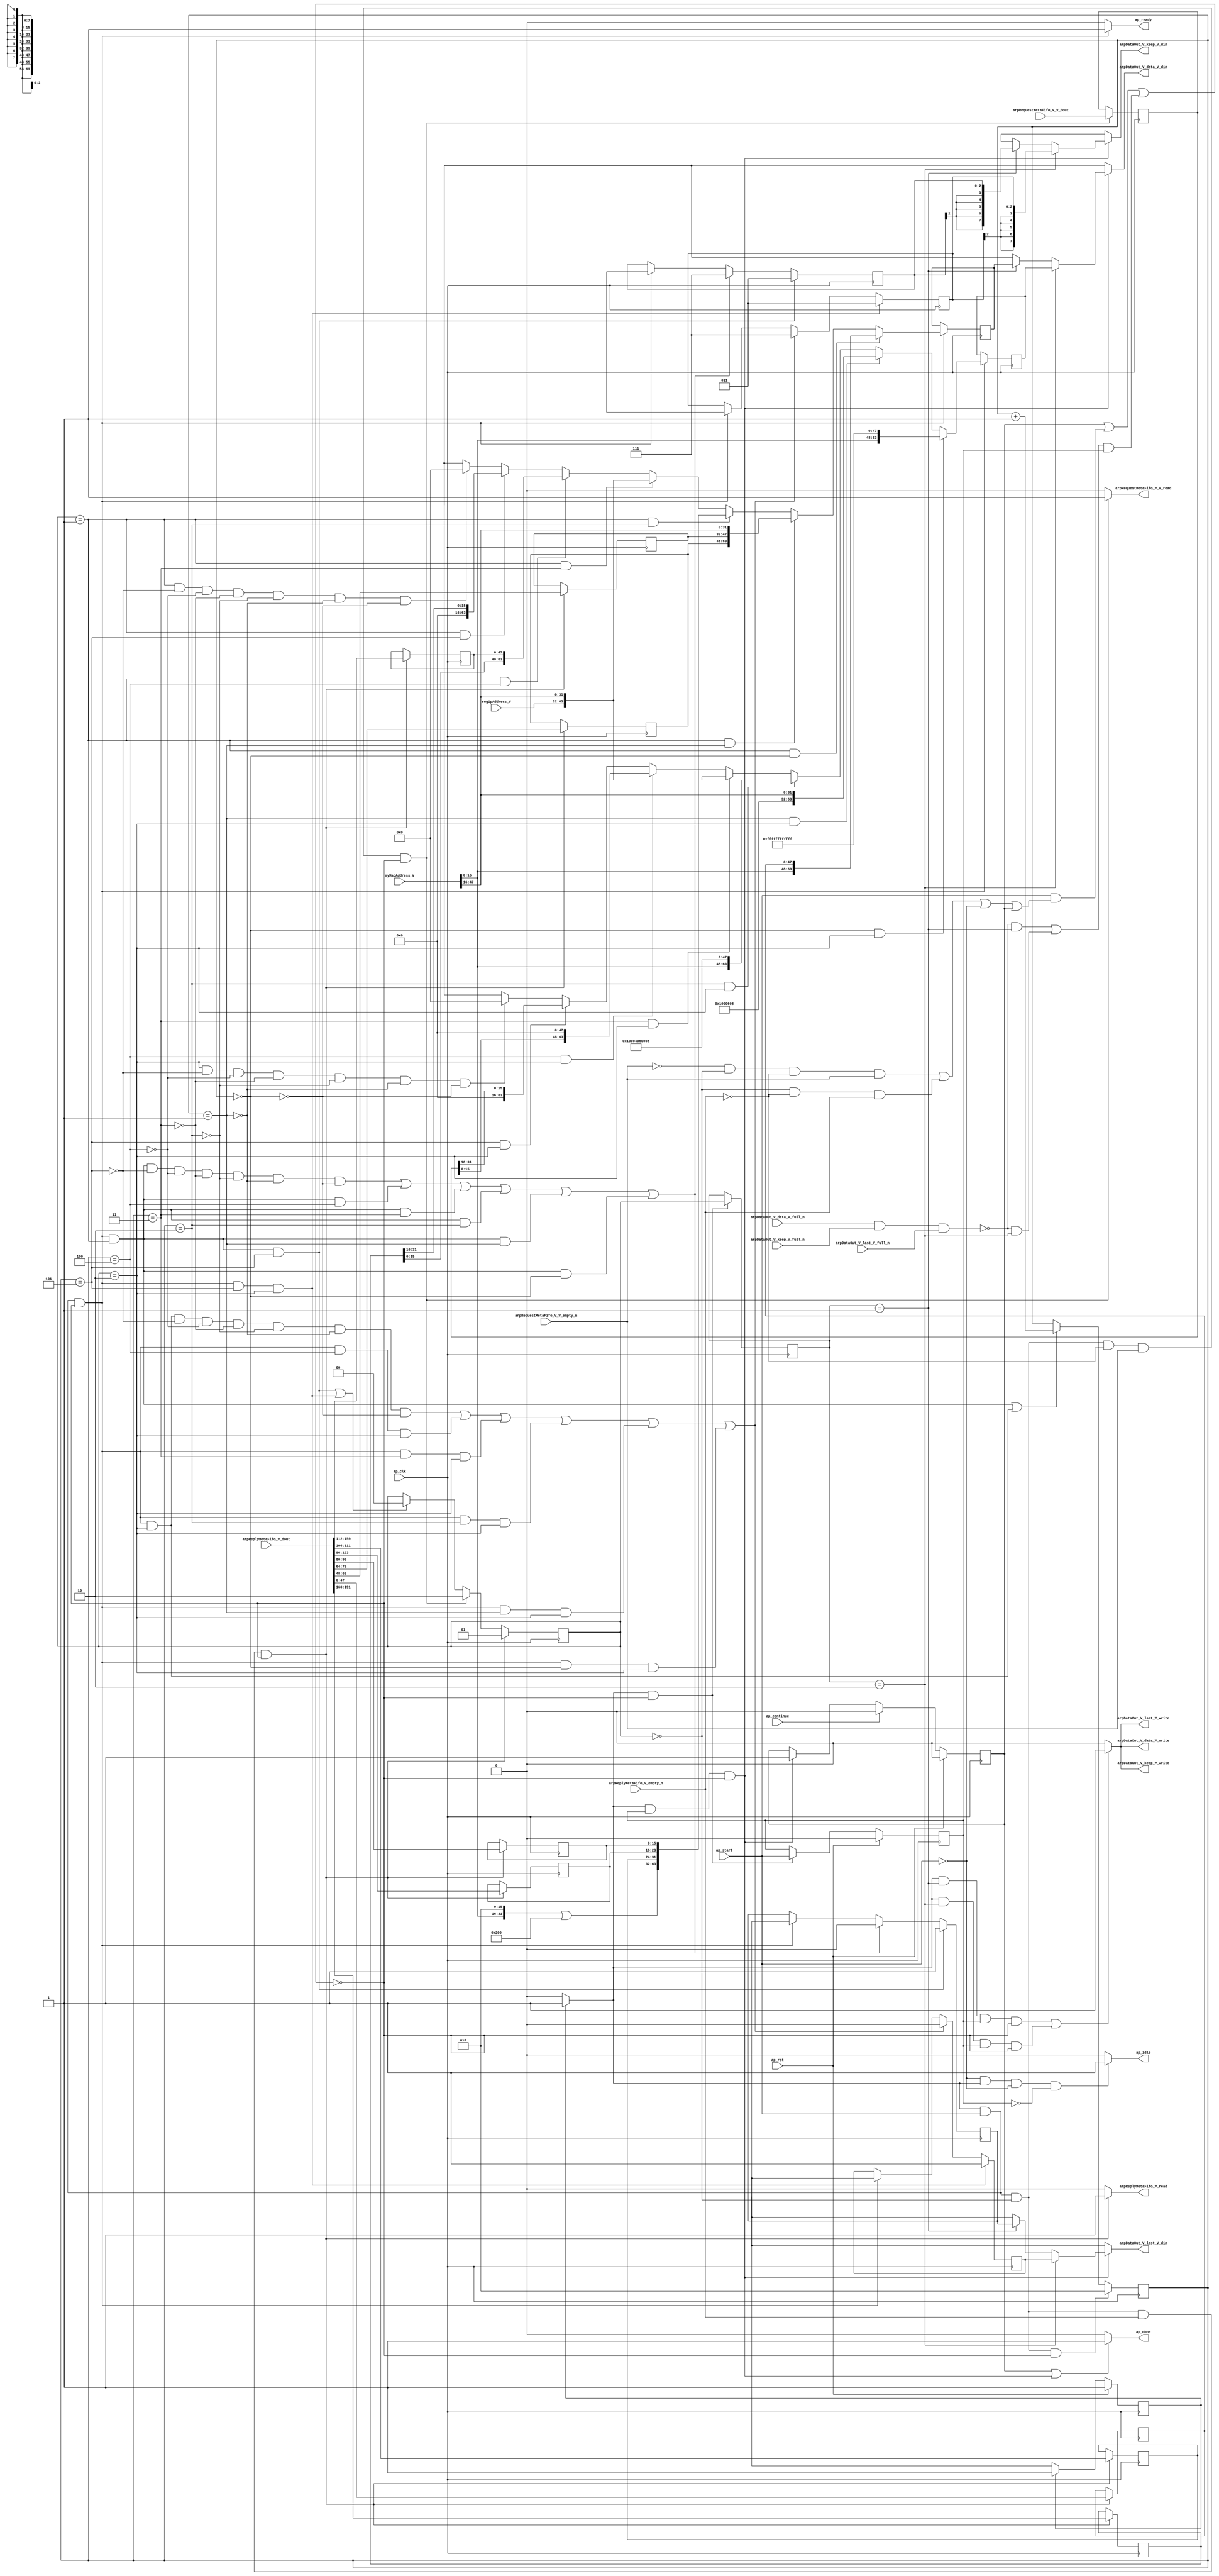
// ==============================================================
// RTL generated by Vivado(TM) HLS - High-Level Synthesis from C, C++ and SystemC
// Version: 2015.1
// Copyright (C) 2015 Xilinx Inc. All rights reserved.
// 
// ===========================================================

`timescale 1 ns / 1 ps 

module arp_server_arp_pkg_sender (
        ap_clk,
        ap_rst,
        ap_start,
        ap_done,
        ap_continue,
        ap_idle,
        ap_ready,
        arpRequestMetaFifo_V_V_dout,
        arpRequestMetaFifo_V_V_empty_n,
        arpRequestMetaFifo_V_V_read,
        arpReplyMetaFifo_V_dout,
        arpReplyMetaFifo_V_empty_n,
        arpReplyMetaFifo_V_read,
        arpDataOut_V_data_V_din,
        arpDataOut_V_data_V_full_n,
        arpDataOut_V_data_V_write,
        arpDataOut_V_keep_V_din,
        arpDataOut_V_keep_V_full_n,
        arpDataOut_V_keep_V_write,
        arpDataOut_V_last_V_din,
        arpDataOut_V_last_V_full_n,
        arpDataOut_V_last_V_write,
        regIpAddress_V,
        myMacAddress_V
);

parameter    ap_const_logic_1 = 1'b1;
parameter    ap_const_logic_0 = 1'b0;
parameter    ap_ST_pp0_stg0_fsm_0 = 1'b1;
parameter    ap_const_lv32_0 = 32'b00000000000000000000000000000000;
parameter    ap_const_lv1_1 = 1'b1;
parameter    ap_const_lv2_0 = 2'b00;
parameter    ap_const_lv1_0 = 1'b0;
parameter    ap_const_lv2_1 = 2'b1;
parameter    ap_const_lv2_2 = 2'b10;
parameter    ap_const_lv16_0 = 16'b0000000000000000;
parameter    ap_const_lv48_0 = 48'b000000000000000000000000000000000000000000000000;
parameter    ap_const_lv16_5 = 16'b101;
parameter    ap_const_lv16_4 = 16'b100;
parameter    ap_const_lv16_3 = 16'b11;
parameter    ap_const_lv16_2 = 16'b10;
parameter    ap_const_lv16_1 = 16'b1;
parameter    ap_const_lv3_7 = 3'b111;
parameter    ap_const_lv3_3 = 3'b11;
parameter    ap_const_lv64_0 = 64'b0000000000000000000000000000000000000000000000000000000000000000;
parameter    ap_const_lv32_10 = 32'b10000;
parameter    ap_const_lv32_2F = 32'b101111;
parameter    ap_const_lv32_1F = 32'b11111;
parameter    ap_const_lv32_200 = 32'b1000000000;
parameter    ap_const_lv48_10004060008 = 48'b10000000000000100000001100000000000001000;
parameter    ap_const_lv32_1000608 = 32'b1000000000000011000001000;
parameter    ap_const_lv48_FFFFFFFFFFFF = 48'b111111111111111111111111111111111111111111111111;
parameter    ap_const_lv32_30 = 32'b110000;
parameter    ap_const_lv32_3F = 32'b111111;
parameter    ap_const_lv32_40 = 32'b1000000;
parameter    ap_const_lv32_4F = 32'b1001111;
parameter    ap_const_lv32_50 = 32'b1010000;
parameter    ap_const_lv32_5F = 32'b1011111;
parameter    ap_const_lv32_60 = 32'b1100000;
parameter    ap_const_lv32_67 = 32'b1100111;
parameter    ap_const_lv32_68 = 32'b1101000;
parameter    ap_const_lv32_6F = 32'b1101111;
parameter    ap_const_lv32_70 = 32'b1110000;
parameter    ap_const_lv32_9F = 32'b10011111;
parameter    ap_const_lv32_A0 = 32'b10100000;
parameter    ap_const_lv32_BF = 32'b10111111;
parameter    ap_true = 1'b1;

input   ap_clk;
input   ap_rst;
input   ap_start;
output   ap_done;
input   ap_continue;
output   ap_idle;
output   ap_ready;
input  [31:0] arpRequestMetaFifo_V_V_dout;
input   arpRequestMetaFifo_V_V_empty_n;
output   arpRequestMetaFifo_V_V_read;
input  [191:0] arpReplyMetaFifo_V_dout;
input   arpReplyMetaFifo_V_empty_n;
output   arpReplyMetaFifo_V_read;
output  [63:0] arpDataOut_V_data_V_din;
input   arpDataOut_V_data_V_full_n;
output   arpDataOut_V_data_V_write;
output  [7:0] arpDataOut_V_keep_V_din;
input   arpDataOut_V_keep_V_full_n;
output   arpDataOut_V_keep_V_write;
output  [0:0] arpDataOut_V_last_V_din;
input   arpDataOut_V_last_V_full_n;
output   arpDataOut_V_last_V_write;
input  [31:0] regIpAddress_V;
input  [47:0] myMacAddress_V;

reg ap_done;
reg ap_idle;
reg ap_ready;
reg arpRequestMetaFifo_V_V_read;
reg arpReplyMetaFifo_V_read;
reg[63:0] arpDataOut_V_data_V_din;
reg[7:0] arpDataOut_V_keep_V_din;
reg[0:0] arpDataOut_V_last_V_din;
reg    ap_done_reg = 1'b0;
(* fsm_encoding = "none" *) reg   [0:0] ap_CS_fsm = 1'b1;
reg    ap_sig_cseq_ST_pp0_stg0_fsm_0;
reg    ap_sig_bdd_20;
wire    ap_reg_ppiten_pp0_it0;
reg    ap_reg_ppiten_pp0_it1 = 1'b0;
wire   [1:0] aps_fsmState_load_load_fu_449_p1;
wire   [0:0] tmp_nbreadreq_fu_222_p3;
wire   [0:0] tmp_1_nbreadreq_fu_230_p3;
reg    ap_sig_bdd_65;
wire    arpDataOut_V_data_V1_status;
reg   [1:0] aps_fsmState_load_reg_802;
reg    ap_sig_bdd_77;
reg   [1:0] aps_fsmState = 2'b00;
reg   [15:0] sendCount = 16'b0000000000000000;
reg   [31:0] replyMeta_protoAddrSrc_V = 32'b00000000000000000000000000000000;
reg   [31:0] inputIP_V = 32'b00000000000000000000000000000000;
reg   [47:0] replyMeta_srcMac_V = 48'b000000000000000000000000000000000000000000000000;
reg   [15:0] replyMeta_ethType_V = 16'b0000000000000000;
reg   [15:0] replyMeta_hwType_V = 16'b0000000000000000;
reg   [15:0] replyMeta_protoType_V = 16'b0000000000000000;
reg   [7:0] replyMeta_hwLen_V = 8'b00000000;
reg   [7:0] replyMeta_protoLen_V = 8'b00000000;
reg   [47:0] replyMeta_hwAddrSrc_V = 48'b000000000000000000000000000000000000000000000000;
wire   [63:0] p_Result_24_fu_476_p1;
wire   [15:0] sendCount_load_load_fu_453_p1;
wire   [63:0] sendWord_data_V_10_fu_488_p3;
wire   [63:0] p_Result_21_fu_496_p3;
wire   [63:0] sendWord_data_V_8_fu_534_p5;
wire   [63:0] sendWord_data_V_7_fu_554_p4;
wire   [63:0] sendWord_data_V_6_fu_572_p3;
wire   [63:0] p_Result_19_fu_590_p1;
wire   [63:0] p_Result_18_fu_598_p3;
wire   [63:0] p_Result_16_fu_606_p3;
wire   [63:0] p_Result_15_fu_618_p3;
wire   [63:0] p_Result_14_fu_626_p3;
wire   [63:0] p_Result_s_fu_638_p3;
wire   [2:0] ap_reg_phiprechg_tmp_keep_V_2_reg_263pp0_it0;
reg   [2:0] ap_reg_phiprechg_tmp_keep_V_2_reg_263pp0_it1;
wire   [63:0] ap_reg_phiprechg_tmp_data_V_1_reg_291pp0_it0;
reg   [63:0] ap_reg_phiprechg_tmp_data_V_1_reg_291pp0_it1;
wire   [0:0] ap_reg_phiprechg_tmp_last_V_1_reg_313pp0_it0;
reg   [0:0] ap_reg_phiprechg_tmp_last_V_1_reg_313pp0_it1;
wire   [2:0] ap_reg_phiprechg_tmp_keep_V_1_reg_342pp0_it0;
reg   [2:0] ap_reg_phiprechg_tmp_keep_V_1_reg_342pp0_it1;
wire   [63:0] ap_reg_phiprechg_tmp_data_V_reg_370pp0_it0;
reg   [63:0] ap_reg_phiprechg_tmp_data_V_reg_370pp0_it1;
wire   [0:0] ap_reg_phiprechg_tmp_last_V_reg_392pp0_it0;
reg   [0:0] ap_reg_phiprechg_tmp_last_V_reg_392pp0_it1;
reg    arpDataOut_V_data_V1_update;
wire  signed [7:0] tmp_keep_V_3_fu_792_p1;
wire  signed [7:0] tmp_keep_V_fu_797_p1;
wire   [15:0] grp_fu_438_p2;
wire   [47:0] tmp_6_fu_664_p1;
wire   [15:0] p_Result_25_fu_466_p4;
wire   [15:0] tmp_12_fu_484_p1;
wire   [31:0] grp_fu_428_p4;
wire   [15:0] tmp_11_fu_504_p1;
wire   [31:0] ret_V_1_fu_508_p3;
wire   [31:0] ret_V_2_fu_516_p2;
wire   [15:0] tmp_10_fu_568_p1;
wire   [15:0] p_Result_20_fu_580_p4;
wire   [15:0] tmp_9_fu_594_p1;
wire   [15:0] tmp_8_fu_614_p1;
wire   [15:0] tmp_7_fu_634_p1;
reg   [0:0] ap_NS_fsm;
reg    ap_sig_pprstidle_pp0;
reg    ap_sig_bdd_208;
reg    ap_sig_bdd_132;
reg    ap_sig_bdd_138;
reg    ap_sig_bdd_144;
reg    ap_sig_bdd_150;
reg    ap_sig_bdd_156;
reg    ap_sig_bdd_161;
reg    ap_sig_bdd_84;
reg    ap_sig_bdd_232;
reg    ap_sig_bdd_166;
reg    ap_sig_bdd_170;
reg    ap_sig_bdd_174;
reg    ap_sig_bdd_178;
reg    ap_sig_bdd_182;
reg    ap_sig_bdd_186;
reg    ap_sig_bdd_196;




/// the current state (ap_CS_fsm) of the state machine. ///
always @ (posedge ap_clk)
begin : ap_ret_ap_CS_fsm
    if (ap_rst == 1'b1) begin
        ap_CS_fsm <= ap_ST_pp0_stg0_fsm_0;
    end else begin
        ap_CS_fsm <= ap_NS_fsm;
    end
end

/// ap_done_reg assign process. ///
always @ (posedge ap_clk)
begin : ap_ret_ap_done_reg
    if (ap_rst == 1'b1) begin
        ap_done_reg <= ap_const_logic_0;
    end else begin
        if ((ap_const_logic_1 == ap_continue)) begin
            ap_done_reg <= ap_const_logic_0;
        end else if (((ap_const_logic_1 == ap_sig_cseq_ST_pp0_stg0_fsm_0) & (ap_const_logic_1 == ap_reg_ppiten_pp0_it1) & ~((ap_done_reg == ap_const_logic_1) | ((ap_const_logic_1 == ap_reg_ppiten_pp0_it0) & ap_sig_bdd_65) | (ap_sig_bdd_77 & (ap_const_logic_1 == ap_reg_ppiten_pp0_it1))))) begin
            ap_done_reg <= ap_const_logic_1;
        end
    end
end

/// ap_reg_ppiten_pp0_it1 assign process. ///
always @ (posedge ap_clk)
begin : ap_ret_ap_reg_ppiten_pp0_it1
    if (ap_rst == 1'b1) begin
        ap_reg_ppiten_pp0_it1 <= ap_const_logic_0;
    end else begin
        if (((ap_const_logic_1 == ap_sig_cseq_ST_pp0_stg0_fsm_0) & ~((ap_done_reg == ap_const_logic_1) | ((ap_const_logic_1 == ap_reg_ppiten_pp0_it0) & ap_sig_bdd_65) | (ap_sig_bdd_77 & (ap_const_logic_1 == ap_reg_ppiten_pp0_it1))))) begin
            ap_reg_ppiten_pp0_it1 <= ap_reg_ppiten_pp0_it0;
        end
    end
end

/// assign process. ///
always @(posedge ap_clk)
begin
    if (ap_sig_bdd_84) begin
        if (ap_sig_bdd_161) begin
            ap_reg_phiprechg_tmp_data_V_1_reg_291pp0_it1 <= sendWord_data_V_6_fu_572_p3;
        end else if (ap_sig_bdd_156) begin
            ap_reg_phiprechg_tmp_data_V_1_reg_291pp0_it1 <= sendWord_data_V_7_fu_554_p4;
        end else if (ap_sig_bdd_150) begin
            ap_reg_phiprechg_tmp_data_V_1_reg_291pp0_it1 <= sendWord_data_V_8_fu_534_p5;
        end else if (ap_sig_bdd_144) begin
            ap_reg_phiprechg_tmp_data_V_1_reg_291pp0_it1 <= p_Result_21_fu_496_p3;
        end else if (ap_sig_bdd_138) begin
            ap_reg_phiprechg_tmp_data_V_1_reg_291pp0_it1 <= sendWord_data_V_10_fu_488_p3;
        end else if (ap_sig_bdd_132) begin
            ap_reg_phiprechg_tmp_data_V_1_reg_291pp0_it1 <= p_Result_24_fu_476_p1;
        end else if (ap_sig_bdd_208) begin
            ap_reg_phiprechg_tmp_data_V_1_reg_291pp0_it1 <= ap_const_lv64_0;
        end else if ((ap_true == ap_true)) begin
            ap_reg_phiprechg_tmp_data_V_1_reg_291pp0_it1 <= ap_reg_phiprechg_tmp_data_V_1_reg_291pp0_it0;
        end
    end
end

/// assign process. ///
always @(posedge ap_clk)
begin
    if (ap_sig_bdd_84) begin
        if (ap_sig_bdd_186) begin
            ap_reg_phiprechg_tmp_data_V_reg_370pp0_it1 <= p_Result_s_fu_638_p3;
        end else if (ap_sig_bdd_182) begin
            ap_reg_phiprechg_tmp_data_V_reg_370pp0_it1 <= p_Result_14_fu_626_p3;
        end else if (ap_sig_bdd_178) begin
            ap_reg_phiprechg_tmp_data_V_reg_370pp0_it1 <= p_Result_15_fu_618_p3;
        end else if (ap_sig_bdd_174) begin
            ap_reg_phiprechg_tmp_data_V_reg_370pp0_it1 <= p_Result_16_fu_606_p3;
        end else if (ap_sig_bdd_170) begin
            ap_reg_phiprechg_tmp_data_V_reg_370pp0_it1 <= p_Result_18_fu_598_p3;
        end else if (ap_sig_bdd_166) begin
            ap_reg_phiprechg_tmp_data_V_reg_370pp0_it1 <= p_Result_19_fu_590_p1;
        end else if (ap_sig_bdd_232) begin
            ap_reg_phiprechg_tmp_data_V_reg_370pp0_it1 <= ap_const_lv64_0;
        end else if ((ap_true == ap_true)) begin
            ap_reg_phiprechg_tmp_data_V_reg_370pp0_it1 <= ap_reg_phiprechg_tmp_data_V_reg_370pp0_it0;
        end
    end
end

/// assign process. ///
always @(posedge ap_clk)
begin
    if (((ap_const_logic_1 == ap_sig_cseq_ST_pp0_stg0_fsm_0) & (ap_const_logic_1 == ap_reg_ppiten_pp0_it0) & ~((ap_done_reg == ap_const_logic_1) | ((ap_const_logic_1 == ap_reg_ppiten_pp0_it0) & ap_sig_bdd_65) | (ap_sig_bdd_77 & (ap_const_logic_1 == ap_reg_ppiten_pp0_it1))) & (sendCount_load_load_fu_453_p1 == ap_const_lv16_5) & (aps_fsmState_load_load_fu_449_p1 == ap_const_lv2_2))) begin
        ap_reg_phiprechg_tmp_keep_V_1_reg_342pp0_it1 <= ap_const_lv3_3;
    end else if ((((ap_const_logic_1 == ap_sig_cseq_ST_pp0_stg0_fsm_0) & (ap_const_logic_1 == ap_reg_ppiten_pp0_it0) & ~((ap_done_reg == ap_const_logic_1) | ((ap_const_logic_1 == ap_reg_ppiten_pp0_it0) & ap_sig_bdd_65) | (ap_sig_bdd_77 & (ap_const_logic_1 == ap_reg_ppiten_pp0_it1))) & (aps_fsmState_load_load_fu_449_p1 == ap_const_lv2_2) & ~(sendCount_load_load_fu_453_p1 == ap_const_lv16_5) & ~(sendCount_load_load_fu_453_p1 == ap_const_lv16_4) & ~(sendCount_load_load_fu_453_p1 == ap_const_lv16_3) & ~(sendCount_load_load_fu_453_p1 == ap_const_lv16_2) & ~(sendCount_load_load_fu_453_p1 == ap_const_lv16_1) & ~(ap_const_lv16_0 == sendCount_load_load_fu_453_p1)) | ((ap_const_logic_1 == ap_sig_cseq_ST_pp0_stg0_fsm_0) & (ap_const_logic_1 == ap_reg_ppiten_pp0_it0) & ~((ap_done_reg == ap_const_logic_1) | ((ap_const_logic_1 == ap_reg_ppiten_pp0_it0) & ap_sig_bdd_65) | (ap_sig_bdd_77 & (ap_const_logic_1 == ap_reg_ppiten_pp0_it1))) & (sendCount_load_load_fu_453_p1 == ap_const_lv16_4) & (aps_fsmState_load_load_fu_449_p1 == ap_const_lv2_2)) | ((ap_const_logic_1 == ap_sig_cseq_ST_pp0_stg0_fsm_0) & (ap_const_logic_1 == ap_reg_ppiten_pp0_it0) & ~((ap_done_reg == ap_const_logic_1) | ((ap_const_logic_1 == ap_reg_ppiten_pp0_it0) & ap_sig_bdd_65) | (ap_sig_bdd_77 & (ap_const_logic_1 == ap_reg_ppiten_pp0_it1))) & (sendCount_load_load_fu_453_p1 == ap_const_lv16_3) & (aps_fsmState_load_load_fu_449_p1 == ap_const_lv2_2)) | ((ap_const_logic_1 == ap_sig_cseq_ST_pp0_stg0_fsm_0) & (ap_const_logic_1 == ap_reg_ppiten_pp0_it0) & ~((ap_done_reg == ap_const_logic_1) | ((ap_const_logic_1 == ap_reg_ppiten_pp0_it0) & ap_sig_bdd_65) | (ap_sig_bdd_77 & (ap_const_logic_1 == ap_reg_ppiten_pp0_it1))) & (sendCount_load_load_fu_453_p1 == ap_const_lv16_2) & (aps_fsmState_load_load_fu_449_p1 == ap_const_lv2_2)) | ((ap_const_logic_1 == ap_sig_cseq_ST_pp0_stg0_fsm_0) & (ap_const_logic_1 == ap_reg_ppiten_pp0_it0) & ~((ap_done_reg == ap_const_logic_1) | ((ap_const_logic_1 == ap_reg_ppiten_pp0_it0) & ap_sig_bdd_65) | (ap_sig_bdd_77 & (ap_const_logic_1 == ap_reg_ppiten_pp0_it1))) & (sendCount_load_load_fu_453_p1 == ap_const_lv16_1) & (aps_fsmState_load_load_fu_449_p1 == ap_const_lv2_2)) | ((ap_const_logic_1 == ap_sig_cseq_ST_pp0_stg0_fsm_0) & (ap_const_logic_1 == ap_reg_ppiten_pp0_it0) & ~((ap_done_reg == ap_const_logic_1) | ((ap_const_logic_1 == ap_reg_ppiten_pp0_it0) & ap_sig_bdd_65) | (ap_sig_bdd_77 & (ap_const_logic_1 == ap_reg_ppiten_pp0_it1))) & (ap_const_lv16_0 == sendCount_load_load_fu_453_p1) & (aps_fsmState_load_load_fu_449_p1 == ap_const_lv2_2)))) begin
        ap_reg_phiprechg_tmp_keep_V_1_reg_342pp0_it1 <= ap_const_lv3_7;
    end else if (((ap_const_logic_1 == ap_sig_cseq_ST_pp0_stg0_fsm_0) & (ap_const_logic_1 == ap_reg_ppiten_pp0_it0) & ~((ap_done_reg == ap_const_logic_1) | ((ap_const_logic_1 == ap_reg_ppiten_pp0_it0) & ap_sig_bdd_65) | (ap_sig_bdd_77 & (ap_const_logic_1 == ap_reg_ppiten_pp0_it1))))) begin
        ap_reg_phiprechg_tmp_keep_V_1_reg_342pp0_it1 <= ap_reg_phiprechg_tmp_keep_V_1_reg_342pp0_it0;
    end
end

/// assign process. ///
always @(posedge ap_clk)
begin
    if (((ap_const_logic_1 == ap_sig_cseq_ST_pp0_stg0_fsm_0) & (ap_const_logic_1 == ap_reg_ppiten_pp0_it0) & ~((ap_done_reg == ap_const_logic_1) | ((ap_const_logic_1 == ap_reg_ppiten_pp0_it0) & ap_sig_bdd_65) | (ap_sig_bdd_77 & (ap_const_logic_1 == ap_reg_ppiten_pp0_it1))) & (aps_fsmState_load_load_fu_449_p1 == ap_const_lv2_1) & (sendCount_load_load_fu_453_p1 == ap_const_lv16_5))) begin
        ap_reg_phiprechg_tmp_keep_V_2_reg_263pp0_it1 <= ap_const_lv3_3;
    end else if ((((ap_const_logic_1 == ap_sig_cseq_ST_pp0_stg0_fsm_0) & (ap_const_logic_1 == ap_reg_ppiten_pp0_it0) & ~((ap_done_reg == ap_const_logic_1) | ((ap_const_logic_1 == ap_reg_ppiten_pp0_it0) & ap_sig_bdd_65) | (ap_sig_bdd_77 & (ap_const_logic_1 == ap_reg_ppiten_pp0_it1))) & (aps_fsmState_load_load_fu_449_p1 == ap_const_lv2_1) & ~(sendCount_load_load_fu_453_p1 == ap_const_lv16_5) & ~(sendCount_load_load_fu_453_p1 == ap_const_lv16_4) & ~(sendCount_load_load_fu_453_p1 == ap_const_lv16_3) & ~(sendCount_load_load_fu_453_p1 == ap_const_lv16_2) & ~(sendCount_load_load_fu_453_p1 == ap_const_lv16_1) & ~(ap_const_lv16_0 == sendCount_load_load_fu_453_p1)) | ((ap_const_logic_1 == ap_sig_cseq_ST_pp0_stg0_fsm_0) & (ap_const_logic_1 == ap_reg_ppiten_pp0_it0) & ~((ap_done_reg == ap_const_logic_1) | ((ap_const_logic_1 == ap_reg_ppiten_pp0_it0) & ap_sig_bdd_65) | (ap_sig_bdd_77 & (ap_const_logic_1 == ap_reg_ppiten_pp0_it1))) & (aps_fsmState_load_load_fu_449_p1 == ap_const_lv2_1) & (sendCount_load_load_fu_453_p1 == ap_const_lv16_4)) | ((ap_const_logic_1 == ap_sig_cseq_ST_pp0_stg0_fsm_0) & (ap_const_logic_1 == ap_reg_ppiten_pp0_it0) & ~((ap_done_reg == ap_const_logic_1) | ((ap_const_logic_1 == ap_reg_ppiten_pp0_it0) & ap_sig_bdd_65) | (ap_sig_bdd_77 & (ap_const_logic_1 == ap_reg_ppiten_pp0_it1))) & (aps_fsmState_load_load_fu_449_p1 == ap_const_lv2_1) & (sendCount_load_load_fu_453_p1 == ap_const_lv16_3)) | ((ap_const_logic_1 == ap_sig_cseq_ST_pp0_stg0_fsm_0) & (ap_const_logic_1 == ap_reg_ppiten_pp0_it0) & ~((ap_done_reg == ap_const_logic_1) | ((ap_const_logic_1 == ap_reg_ppiten_pp0_it0) & ap_sig_bdd_65) | (ap_sig_bdd_77 & (ap_const_logic_1 == ap_reg_ppiten_pp0_it1))) & (aps_fsmState_load_load_fu_449_p1 == ap_const_lv2_1) & (sendCount_load_load_fu_453_p1 == ap_const_lv16_2)) | ((ap_const_logic_1 == ap_sig_cseq_ST_pp0_stg0_fsm_0) & (ap_const_logic_1 == ap_reg_ppiten_pp0_it0) & ~((ap_done_reg == ap_const_logic_1) | ((ap_const_logic_1 == ap_reg_ppiten_pp0_it0) & ap_sig_bdd_65) | (ap_sig_bdd_77 & (ap_const_logic_1 == ap_reg_ppiten_pp0_it1))) & (aps_fsmState_load_load_fu_449_p1 == ap_const_lv2_1) & (sendCount_load_load_fu_453_p1 == ap_const_lv16_1)) | ((ap_const_logic_1 == ap_sig_cseq_ST_pp0_stg0_fsm_0) & (ap_const_logic_1 == ap_reg_ppiten_pp0_it0) & ~((ap_done_reg == ap_const_logic_1) | ((ap_const_logic_1 == ap_reg_ppiten_pp0_it0) & ap_sig_bdd_65) | (ap_sig_bdd_77 & (ap_const_logic_1 == ap_reg_ppiten_pp0_it1))) & (aps_fsmState_load_load_fu_449_p1 == ap_const_lv2_1) & (ap_const_lv16_0 == sendCount_load_load_fu_453_p1)))) begin
        ap_reg_phiprechg_tmp_keep_V_2_reg_263pp0_it1 <= ap_const_lv3_7;
    end else if (((ap_const_logic_1 == ap_sig_cseq_ST_pp0_stg0_fsm_0) & (ap_const_logic_1 == ap_reg_ppiten_pp0_it0) & ~((ap_done_reg == ap_const_logic_1) | ((ap_const_logic_1 == ap_reg_ppiten_pp0_it0) & ap_sig_bdd_65) | (ap_sig_bdd_77 & (ap_const_logic_1 == ap_reg_ppiten_pp0_it1))))) begin
        ap_reg_phiprechg_tmp_keep_V_2_reg_263pp0_it1 <= ap_reg_phiprechg_tmp_keep_V_2_reg_263pp0_it0;
    end
end

/// assign process. ///
always @(posedge ap_clk)
begin
    if (((ap_const_logic_1 == ap_sig_cseq_ST_pp0_stg0_fsm_0) & (ap_const_logic_1 == ap_reg_ppiten_pp0_it0) & ~((ap_done_reg == ap_const_logic_1) | ((ap_const_logic_1 == ap_reg_ppiten_pp0_it0) & ap_sig_bdd_65) | (ap_sig_bdd_77 & (ap_const_logic_1 == ap_reg_ppiten_pp0_it1))) & (aps_fsmState_load_load_fu_449_p1 == ap_const_lv2_1) & (sendCount_load_load_fu_453_p1 == ap_const_lv16_5))) begin
        ap_reg_phiprechg_tmp_last_V_1_reg_313pp0_it1 <= ap_const_lv1_1;
    end else if ((((ap_const_logic_1 == ap_sig_cseq_ST_pp0_stg0_fsm_0) & (ap_const_logic_1 == ap_reg_ppiten_pp0_it0) & ~((ap_done_reg == ap_const_logic_1) | ((ap_const_logic_1 == ap_reg_ppiten_pp0_it0) & ap_sig_bdd_65) | (ap_sig_bdd_77 & (ap_const_logic_1 == ap_reg_ppiten_pp0_it1))) & (aps_fsmState_load_load_fu_449_p1 == ap_const_lv2_1) & ~(sendCount_load_load_fu_453_p1 == ap_const_lv16_5) & ~(sendCount_load_load_fu_453_p1 == ap_const_lv16_4) & ~(sendCount_load_load_fu_453_p1 == ap_const_lv16_3) & ~(sendCount_load_load_fu_453_p1 == ap_const_lv16_2) & ~(sendCount_load_load_fu_453_p1 == ap_const_lv16_1) & ~(ap_const_lv16_0 == sendCount_load_load_fu_453_p1)) | ((ap_const_logic_1 == ap_sig_cseq_ST_pp0_stg0_fsm_0) & (ap_const_logic_1 == ap_reg_ppiten_pp0_it0) & ~((ap_done_reg == ap_const_logic_1) | ((ap_const_logic_1 == ap_reg_ppiten_pp0_it0) & ap_sig_bdd_65) | (ap_sig_bdd_77 & (ap_const_logic_1 == ap_reg_ppiten_pp0_it1))) & (aps_fsmState_load_load_fu_449_p1 == ap_const_lv2_1) & (sendCount_load_load_fu_453_p1 == ap_const_lv16_4)) | ((ap_const_logic_1 == ap_sig_cseq_ST_pp0_stg0_fsm_0) & (ap_const_logic_1 == ap_reg_ppiten_pp0_it0) & ~((ap_done_reg == ap_const_logic_1) | ((ap_const_logic_1 == ap_reg_ppiten_pp0_it0) & ap_sig_bdd_65) | (ap_sig_bdd_77 & (ap_const_logic_1 == ap_reg_ppiten_pp0_it1))) & (aps_fsmState_load_load_fu_449_p1 == ap_const_lv2_1) & (sendCount_load_load_fu_453_p1 == ap_const_lv16_3)) | ((ap_const_logic_1 == ap_sig_cseq_ST_pp0_stg0_fsm_0) & (ap_const_logic_1 == ap_reg_ppiten_pp0_it0) & ~((ap_done_reg == ap_const_logic_1) | ((ap_const_logic_1 == ap_reg_ppiten_pp0_it0) & ap_sig_bdd_65) | (ap_sig_bdd_77 & (ap_const_logic_1 == ap_reg_ppiten_pp0_it1))) & (aps_fsmState_load_load_fu_449_p1 == ap_const_lv2_1) & (sendCount_load_load_fu_453_p1 == ap_const_lv16_2)) | ((ap_const_logic_1 == ap_sig_cseq_ST_pp0_stg0_fsm_0) & (ap_const_logic_1 == ap_reg_ppiten_pp0_it0) & ~((ap_done_reg == ap_const_logic_1) | ((ap_const_logic_1 == ap_reg_ppiten_pp0_it0) & ap_sig_bdd_65) | (ap_sig_bdd_77 & (ap_const_logic_1 == ap_reg_ppiten_pp0_it1))) & (aps_fsmState_load_load_fu_449_p1 == ap_const_lv2_1) & (sendCount_load_load_fu_453_p1 == ap_const_lv16_1)) | ((ap_const_logic_1 == ap_sig_cseq_ST_pp0_stg0_fsm_0) & (ap_const_logic_1 == ap_reg_ppiten_pp0_it0) & ~((ap_done_reg == ap_const_logic_1) | ((ap_const_logic_1 == ap_reg_ppiten_pp0_it0) & ap_sig_bdd_65) | (ap_sig_bdd_77 & (ap_const_logic_1 == ap_reg_ppiten_pp0_it1))) & (aps_fsmState_load_load_fu_449_p1 == ap_const_lv2_1) & (ap_const_lv16_0 == sendCount_load_load_fu_453_p1)))) begin
        ap_reg_phiprechg_tmp_last_V_1_reg_313pp0_it1 <= ap_const_lv1_0;
    end else if (((ap_const_logic_1 == ap_sig_cseq_ST_pp0_stg0_fsm_0) & (ap_const_logic_1 == ap_reg_ppiten_pp0_it0) & ~((ap_done_reg == ap_const_logic_1) | ((ap_const_logic_1 == ap_reg_ppiten_pp0_it0) & ap_sig_bdd_65) | (ap_sig_bdd_77 & (ap_const_logic_1 == ap_reg_ppiten_pp0_it1))))) begin
        ap_reg_phiprechg_tmp_last_V_1_reg_313pp0_it1 <= ap_reg_phiprechg_tmp_last_V_1_reg_313pp0_it0;
    end
end

/// assign process. ///
always @(posedge ap_clk)
begin
    if (((ap_const_logic_1 == ap_sig_cseq_ST_pp0_stg0_fsm_0) & (ap_const_logic_1 == ap_reg_ppiten_pp0_it0) & ~((ap_done_reg == ap_const_logic_1) | ((ap_const_logic_1 == ap_reg_ppiten_pp0_it0) & ap_sig_bdd_65) | (ap_sig_bdd_77 & (ap_const_logic_1 == ap_reg_ppiten_pp0_it1))) & (sendCount_load_load_fu_453_p1 == ap_const_lv16_5) & (aps_fsmState_load_load_fu_449_p1 == ap_const_lv2_2))) begin
        ap_reg_phiprechg_tmp_last_V_reg_392pp0_it1 <= ap_const_lv1_1;
    end else if ((((ap_const_logic_1 == ap_sig_cseq_ST_pp0_stg0_fsm_0) & (ap_const_logic_1 == ap_reg_ppiten_pp0_it0) & ~((ap_done_reg == ap_const_logic_1) | ((ap_const_logic_1 == ap_reg_ppiten_pp0_it0) & ap_sig_bdd_65) | (ap_sig_bdd_77 & (ap_const_logic_1 == ap_reg_ppiten_pp0_it1))) & (aps_fsmState_load_load_fu_449_p1 == ap_const_lv2_2) & ~(sendCount_load_load_fu_453_p1 == ap_const_lv16_5) & ~(sendCount_load_load_fu_453_p1 == ap_const_lv16_4) & ~(sendCount_load_load_fu_453_p1 == ap_const_lv16_3) & ~(sendCount_load_load_fu_453_p1 == ap_const_lv16_2) & ~(sendCount_load_load_fu_453_p1 == ap_const_lv16_1) & ~(ap_const_lv16_0 == sendCount_load_load_fu_453_p1)) | ((ap_const_logic_1 == ap_sig_cseq_ST_pp0_stg0_fsm_0) & (ap_const_logic_1 == ap_reg_ppiten_pp0_it0) & ~((ap_done_reg == ap_const_logic_1) | ((ap_const_logic_1 == ap_reg_ppiten_pp0_it0) & ap_sig_bdd_65) | (ap_sig_bdd_77 & (ap_const_logic_1 == ap_reg_ppiten_pp0_it1))) & (sendCount_load_load_fu_453_p1 == ap_const_lv16_4) & (aps_fsmState_load_load_fu_449_p1 == ap_const_lv2_2)) | ((ap_const_logic_1 == ap_sig_cseq_ST_pp0_stg0_fsm_0) & (ap_const_logic_1 == ap_reg_ppiten_pp0_it0) & ~((ap_done_reg == ap_const_logic_1) | ((ap_const_logic_1 == ap_reg_ppiten_pp0_it0) & ap_sig_bdd_65) | (ap_sig_bdd_77 & (ap_const_logic_1 == ap_reg_ppiten_pp0_it1))) & (sendCount_load_load_fu_453_p1 == ap_const_lv16_3) & (aps_fsmState_load_load_fu_449_p1 == ap_const_lv2_2)) | ((ap_const_logic_1 == ap_sig_cseq_ST_pp0_stg0_fsm_0) & (ap_const_logic_1 == ap_reg_ppiten_pp0_it0) & ~((ap_done_reg == ap_const_logic_1) | ((ap_const_logic_1 == ap_reg_ppiten_pp0_it0) & ap_sig_bdd_65) | (ap_sig_bdd_77 & (ap_const_logic_1 == ap_reg_ppiten_pp0_it1))) & (sendCount_load_load_fu_453_p1 == ap_const_lv16_2) & (aps_fsmState_load_load_fu_449_p1 == ap_const_lv2_2)) | ((ap_const_logic_1 == ap_sig_cseq_ST_pp0_stg0_fsm_0) & (ap_const_logic_1 == ap_reg_ppiten_pp0_it0) & ~((ap_done_reg == ap_const_logic_1) | ((ap_const_logic_1 == ap_reg_ppiten_pp0_it0) & ap_sig_bdd_65) | (ap_sig_bdd_77 & (ap_const_logic_1 == ap_reg_ppiten_pp0_it1))) & (sendCount_load_load_fu_453_p1 == ap_const_lv16_1) & (aps_fsmState_load_load_fu_449_p1 == ap_const_lv2_2)) | ((ap_const_logic_1 == ap_sig_cseq_ST_pp0_stg0_fsm_0) & (ap_const_logic_1 == ap_reg_ppiten_pp0_it0) & ~((ap_done_reg == ap_const_logic_1) | ((ap_const_logic_1 == ap_reg_ppiten_pp0_it0) & ap_sig_bdd_65) | (ap_sig_bdd_77 & (ap_const_logic_1 == ap_reg_ppiten_pp0_it1))) & (ap_const_lv16_0 == sendCount_load_load_fu_453_p1) & (aps_fsmState_load_load_fu_449_p1 == ap_const_lv2_2)))) begin
        ap_reg_phiprechg_tmp_last_V_reg_392pp0_it1 <= ap_const_lv1_0;
    end else if (((ap_const_logic_1 == ap_sig_cseq_ST_pp0_stg0_fsm_0) & (ap_const_logic_1 == ap_reg_ppiten_pp0_it0) & ~((ap_done_reg == ap_const_logic_1) | ((ap_const_logic_1 == ap_reg_ppiten_pp0_it0) & ap_sig_bdd_65) | (ap_sig_bdd_77 & (ap_const_logic_1 == ap_reg_ppiten_pp0_it1))))) begin
        ap_reg_phiprechg_tmp_last_V_reg_392pp0_it1 <= ap_reg_phiprechg_tmp_last_V_reg_392pp0_it0;
    end
end

/// assign process. ///
always @(posedge ap_clk)
begin
    if (((ap_const_logic_1 == ap_sig_cseq_ST_pp0_stg0_fsm_0) & (ap_const_logic_1 == ap_reg_ppiten_pp0_it0) & (aps_fsmState == ap_const_lv2_0) & ~(tmp_nbreadreq_fu_222_p3 == ap_const_lv1_0) & ~((ap_done_reg == ap_const_logic_1) | ((ap_const_logic_1 == ap_reg_ppiten_pp0_it0) & ap_sig_bdd_65) | (ap_sig_bdd_77 & (ap_const_logic_1 == ap_reg_ppiten_pp0_it1))))) begin
        aps_fsmState <= ap_const_lv2_1;
    end else if (((ap_const_logic_1 == ap_sig_cseq_ST_pp0_stg0_fsm_0) & (ap_const_logic_1 == ap_reg_ppiten_pp0_it0) & (aps_fsmState == ap_const_lv2_0) & (tmp_nbreadreq_fu_222_p3 == ap_const_lv1_0) & ~(ap_const_lv1_0 == tmp_1_nbreadreq_fu_230_p3) & ~((ap_done_reg == ap_const_logic_1) | ((ap_const_logic_1 == ap_reg_ppiten_pp0_it0) & ap_sig_bdd_65) | (ap_sig_bdd_77 & (ap_const_logic_1 == ap_reg_ppiten_pp0_it1))))) begin
        aps_fsmState <= ap_const_lv2_2;
    end else if ((((ap_const_logic_1 == ap_sig_cseq_ST_pp0_stg0_fsm_0) & (ap_const_logic_1 == ap_reg_ppiten_pp0_it0) & ~((ap_done_reg == ap_const_logic_1) | ((ap_const_logic_1 == ap_reg_ppiten_pp0_it0) & ap_sig_bdd_65) | (ap_sig_bdd_77 & (ap_const_logic_1 == ap_reg_ppiten_pp0_it1))) & (aps_fsmState_load_load_fu_449_p1 == ap_const_lv2_1) & (sendCount_load_load_fu_453_p1 == ap_const_lv16_5)) | ((ap_const_logic_1 == ap_sig_cseq_ST_pp0_stg0_fsm_0) & (ap_const_logic_1 == ap_reg_ppiten_pp0_it0) & ~((ap_done_reg == ap_const_logic_1) | ((ap_const_logic_1 == ap_reg_ppiten_pp0_it0) & ap_sig_bdd_65) | (ap_sig_bdd_77 & (ap_const_logic_1 == ap_reg_ppiten_pp0_it1))) & (sendCount_load_load_fu_453_p1 == ap_const_lv16_5) & (aps_fsmState_load_load_fu_449_p1 == ap_const_lv2_2)))) begin
        aps_fsmState <= ap_const_lv2_0;
    end
end

/// assign process. ///
always @(posedge ap_clk)
begin
    if (((ap_const_logic_1 == ap_sig_cseq_ST_pp0_stg0_fsm_0) & (ap_const_logic_1 == ap_reg_ppiten_pp0_it0) & (aps_fsmState == ap_const_lv2_0) & ~((ap_done_reg == ap_const_logic_1) | ((ap_const_logic_1 == ap_reg_ppiten_pp0_it0) & ap_sig_bdd_65) | (ap_sig_bdd_77 & (ap_const_logic_1 == ap_reg_ppiten_pp0_it1))))) begin
        sendCount <= ap_const_lv16_0;
    end else if ((((ap_const_logic_1 == ap_sig_cseq_ST_pp0_stg0_fsm_0) & (ap_const_logic_1 == ap_reg_ppiten_pp0_it0) & ~((ap_done_reg == ap_const_logic_1) | ((ap_const_logic_1 == ap_reg_ppiten_pp0_it0) & ap_sig_bdd_65) | (ap_sig_bdd_77 & (ap_const_logic_1 == ap_reg_ppiten_pp0_it1))) & (aps_fsmState_load_load_fu_449_p1 == ap_const_lv2_1)) | ((ap_const_logic_1 == ap_sig_cseq_ST_pp0_stg0_fsm_0) & (ap_const_logic_1 == ap_reg_ppiten_pp0_it0) & ~((ap_done_reg == ap_const_logic_1) | ((ap_const_logic_1 == ap_reg_ppiten_pp0_it0) & ap_sig_bdd_65) | (ap_sig_bdd_77 & (ap_const_logic_1 == ap_reg_ppiten_pp0_it1))) & (aps_fsmState_load_load_fu_449_p1 == ap_const_lv2_2)))) begin
        sendCount <= grp_fu_438_p2;
    end
end

/// assign process. ///
always @(posedge ap_clk)
begin
    if (((ap_const_logic_1 == ap_sig_cseq_ST_pp0_stg0_fsm_0) & ~((ap_done_reg == ap_const_logic_1) | ((ap_const_logic_1 == ap_reg_ppiten_pp0_it0) & ap_sig_bdd_65) | (ap_sig_bdd_77 & (ap_const_logic_1 == ap_reg_ppiten_pp0_it1))))) begin
        aps_fsmState_load_reg_802 <= aps_fsmState;
    end
end

/// assign process. ///
always @(posedge ap_clk)
begin
    if (((ap_const_logic_1 == ap_sig_cseq_ST_pp0_stg0_fsm_0) & (ap_const_logic_1 == ap_reg_ppiten_pp0_it0) & (aps_fsmState == ap_const_lv2_0) & (tmp_nbreadreq_fu_222_p3 == ap_const_lv1_0) & ~(ap_const_lv1_0 == tmp_1_nbreadreq_fu_230_p3) & ~((ap_done_reg == ap_const_logic_1) | ((ap_const_logic_1 == ap_reg_ppiten_pp0_it0) & ap_sig_bdd_65) | (ap_sig_bdd_77 & (ap_const_logic_1 == ap_reg_ppiten_pp0_it1))))) begin
        inputIP_V <= arpRequestMetaFifo_V_V_dout;
    end
end

/// assign process. ///
always @(posedge ap_clk)
begin
    if (((ap_const_logic_1 == ap_sig_cseq_ST_pp0_stg0_fsm_0) & (ap_const_logic_1 == ap_reg_ppiten_pp0_it0) & (aps_fsmState == ap_const_lv2_0) & ~(tmp_nbreadreq_fu_222_p3 == ap_const_lv1_0) & ~((ap_done_reg == ap_const_logic_1) | ((ap_const_logic_1 == ap_reg_ppiten_pp0_it0) & ap_sig_bdd_65) | (ap_sig_bdd_77 & (ap_const_logic_1 == ap_reg_ppiten_pp0_it1))))) begin
        replyMeta_ethType_V <= {{arpReplyMetaFifo_V_dout[ap_const_lv32_3F : ap_const_lv32_30]}};
        replyMeta_hwAddrSrc_V <= {{arpReplyMetaFifo_V_dout[ap_const_lv32_9F : ap_const_lv32_70]}};
        replyMeta_hwLen_V <= {{arpReplyMetaFifo_V_dout[ap_const_lv32_67 : ap_const_lv32_60]}};
        replyMeta_hwType_V <= {{arpReplyMetaFifo_V_dout[ap_const_lv32_4F : ap_const_lv32_40]}};
        replyMeta_protoAddrSrc_V <= {{arpReplyMetaFifo_V_dout[ap_const_lv32_BF : ap_const_lv32_A0]}};
        replyMeta_protoLen_V <= {{arpReplyMetaFifo_V_dout[ap_const_lv32_6F : ap_const_lv32_68]}};
        replyMeta_protoType_V <= {{arpReplyMetaFifo_V_dout[ap_const_lv32_5F : ap_const_lv32_50]}};
        replyMeta_srcMac_V <= tmp_6_fu_664_p1;
    end
end

/// ap_done assign process. ///
always @ (ap_done_reg or ap_sig_cseq_ST_pp0_stg0_fsm_0 or ap_reg_ppiten_pp0_it0 or ap_reg_ppiten_pp0_it1 or ap_sig_bdd_65 or ap_sig_bdd_77)
begin
    if (((ap_const_logic_1 == ap_done_reg) | ((ap_const_logic_1 == ap_sig_cseq_ST_pp0_stg0_fsm_0) & (ap_const_logic_1 == ap_reg_ppiten_pp0_it1) & ~((ap_done_reg == ap_const_logic_1) | ((ap_const_logic_1 == ap_reg_ppiten_pp0_it0) & ap_sig_bdd_65) | (ap_sig_bdd_77 & (ap_const_logic_1 == ap_reg_ppiten_pp0_it1)))))) begin
        ap_done = ap_const_logic_1;
    end else begin
        ap_done = ap_const_logic_0;
    end
end

/// ap_idle assign process. ///
always @ (ap_start or ap_sig_cseq_ST_pp0_stg0_fsm_0 or ap_reg_ppiten_pp0_it0 or ap_reg_ppiten_pp0_it1)
begin
    if ((~(ap_const_logic_1 == ap_start) & (ap_const_logic_1 == ap_sig_cseq_ST_pp0_stg0_fsm_0) & (ap_const_logic_0 == ap_reg_ppiten_pp0_it0) & (ap_const_logic_0 == ap_reg_ppiten_pp0_it1))) begin
        ap_idle = ap_const_logic_1;
    end else begin
        ap_idle = ap_const_logic_0;
    end
end

/// ap_ready assign process. ///
always @ (ap_done_reg or ap_sig_cseq_ST_pp0_stg0_fsm_0 or ap_reg_ppiten_pp0_it0 or ap_reg_ppiten_pp0_it1 or ap_sig_bdd_65 or ap_sig_bdd_77)
begin
    if (((ap_const_logic_1 == ap_sig_cseq_ST_pp0_stg0_fsm_0) & (ap_const_logic_1 == ap_reg_ppiten_pp0_it0) & ~((ap_done_reg == ap_const_logic_1) | ((ap_const_logic_1 == ap_reg_ppiten_pp0_it0) & ap_sig_bdd_65) | (ap_sig_bdd_77 & (ap_const_logic_1 == ap_reg_ppiten_pp0_it1))))) begin
        ap_ready = ap_const_logic_1;
    end else begin
        ap_ready = ap_const_logic_0;
    end
end

/// ap_sig_cseq_ST_pp0_stg0_fsm_0 assign process. ///
always @ (ap_sig_bdd_20)
begin
    if (ap_sig_bdd_20) begin
        ap_sig_cseq_ST_pp0_stg0_fsm_0 = ap_const_logic_1;
    end else begin
        ap_sig_cseq_ST_pp0_stg0_fsm_0 = ap_const_logic_0;
    end
end

/// ap_sig_pprstidle_pp0 assign process. ///
always @ (ap_start or ap_reg_ppiten_pp0_it0)
begin
    if (((ap_const_logic_0 == ap_reg_ppiten_pp0_it0) & (ap_const_logic_0 == ap_start))) begin
        ap_sig_pprstidle_pp0 = ap_const_logic_1;
    end else begin
        ap_sig_pprstidle_pp0 = ap_const_logic_0;
    end
end

/// arpDataOut_V_data_V1_update assign process. ///
always @ (ap_done_reg or ap_sig_cseq_ST_pp0_stg0_fsm_0 or ap_reg_ppiten_pp0_it0 or ap_reg_ppiten_pp0_it1 or ap_sig_bdd_65 or aps_fsmState_load_reg_802 or ap_sig_bdd_77)
begin
    if ((((ap_const_logic_1 == ap_sig_cseq_ST_pp0_stg0_fsm_0) & (aps_fsmState_load_reg_802 == ap_const_lv2_1) & (ap_const_logic_1 == ap_reg_ppiten_pp0_it1) & ~((ap_done_reg == ap_const_logic_1) | ((ap_const_logic_1 == ap_reg_ppiten_pp0_it0) & ap_sig_bdd_65) | (ap_sig_bdd_77 & (ap_const_logic_1 == ap_reg_ppiten_pp0_it1)))) | ((ap_const_logic_1 == ap_sig_cseq_ST_pp0_stg0_fsm_0) & (aps_fsmState_load_reg_802 == ap_const_lv2_2) & (ap_const_logic_1 == ap_reg_ppiten_pp0_it1) & ~((ap_done_reg == ap_const_logic_1) | ((ap_const_logic_1 == ap_reg_ppiten_pp0_it0) & ap_sig_bdd_65) | (ap_sig_bdd_77 & (ap_const_logic_1 == ap_reg_ppiten_pp0_it1)))))) begin
        arpDataOut_V_data_V1_update = ap_const_logic_1;
    end else begin
        arpDataOut_V_data_V1_update = ap_const_logic_0;
    end
end

/// arpDataOut_V_data_V_din assign process. ///
always @ (aps_fsmState_load_reg_802 or ap_reg_phiprechg_tmp_data_V_1_reg_291pp0_it1 or ap_reg_phiprechg_tmp_data_V_reg_370pp0_it1 or ap_sig_bdd_196)
begin
    if (ap_sig_bdd_196) begin
        if ((aps_fsmState_load_reg_802 == ap_const_lv2_2)) begin
            arpDataOut_V_data_V_din = ap_reg_phiprechg_tmp_data_V_reg_370pp0_it1;
        end else if ((aps_fsmState_load_reg_802 == ap_const_lv2_1)) begin
            arpDataOut_V_data_V_din = ap_reg_phiprechg_tmp_data_V_1_reg_291pp0_it1;
        end else begin
            arpDataOut_V_data_V_din = 'bx;
        end
    end else begin
        arpDataOut_V_data_V_din = 'bx;
    end
end

/// arpDataOut_V_keep_V_din assign process. ///
always @ (aps_fsmState_load_reg_802 or tmp_keep_V_3_fu_792_p1 or tmp_keep_V_fu_797_p1 or ap_sig_bdd_196)
begin
    if (ap_sig_bdd_196) begin
        if ((aps_fsmState_load_reg_802 == ap_const_lv2_2)) begin
            arpDataOut_V_keep_V_din = tmp_keep_V_fu_797_p1;
        end else if ((aps_fsmState_load_reg_802 == ap_const_lv2_1)) begin
            arpDataOut_V_keep_V_din = tmp_keep_V_3_fu_792_p1;
        end else begin
            arpDataOut_V_keep_V_din = 'bx;
        end
    end else begin
        arpDataOut_V_keep_V_din = 'bx;
    end
end

/// arpDataOut_V_last_V_din assign process. ///
always @ (aps_fsmState_load_reg_802 or ap_reg_phiprechg_tmp_last_V_1_reg_313pp0_it1 or ap_reg_phiprechg_tmp_last_V_reg_392pp0_it1 or ap_sig_bdd_196)
begin
    if (ap_sig_bdd_196) begin
        if ((aps_fsmState_load_reg_802 == ap_const_lv2_2)) begin
            arpDataOut_V_last_V_din = ap_reg_phiprechg_tmp_last_V_reg_392pp0_it1;
        end else if ((aps_fsmState_load_reg_802 == ap_const_lv2_1)) begin
            arpDataOut_V_last_V_din = ap_reg_phiprechg_tmp_last_V_1_reg_313pp0_it1;
        end else begin
            arpDataOut_V_last_V_din = 'bx;
        end
    end else begin
        arpDataOut_V_last_V_din = 'bx;
    end
end

/// arpReplyMetaFifo_V_read assign process. ///
always @ (ap_done_reg or ap_sig_cseq_ST_pp0_stg0_fsm_0 or ap_reg_ppiten_pp0_it0 or ap_reg_ppiten_pp0_it1 or tmp_nbreadreq_fu_222_p3 or ap_sig_bdd_65 or ap_sig_bdd_77 or aps_fsmState)
begin
    if (((ap_const_logic_1 == ap_sig_cseq_ST_pp0_stg0_fsm_0) & (ap_const_logic_1 == ap_reg_ppiten_pp0_it0) & (aps_fsmState == ap_const_lv2_0) & ~(tmp_nbreadreq_fu_222_p3 == ap_const_lv1_0) & ~((ap_done_reg == ap_const_logic_1) | ((ap_const_logic_1 == ap_reg_ppiten_pp0_it0) & ap_sig_bdd_65) | (ap_sig_bdd_77 & (ap_const_logic_1 == ap_reg_ppiten_pp0_it1))))) begin
        arpReplyMetaFifo_V_read = ap_const_logic_1;
    end else begin
        arpReplyMetaFifo_V_read = ap_const_logic_0;
    end
end

/// arpRequestMetaFifo_V_V_read assign process. ///
always @ (ap_done_reg or ap_sig_cseq_ST_pp0_stg0_fsm_0 or ap_reg_ppiten_pp0_it0 or ap_reg_ppiten_pp0_it1 or tmp_nbreadreq_fu_222_p3 or tmp_1_nbreadreq_fu_230_p3 or ap_sig_bdd_65 or ap_sig_bdd_77 or aps_fsmState)
begin
    if (((ap_const_logic_1 == ap_sig_cseq_ST_pp0_stg0_fsm_0) & (ap_const_logic_1 == ap_reg_ppiten_pp0_it0) & (aps_fsmState == ap_const_lv2_0) & (tmp_nbreadreq_fu_222_p3 == ap_const_lv1_0) & ~(ap_const_lv1_0 == tmp_1_nbreadreq_fu_230_p3) & ~((ap_done_reg == ap_const_logic_1) | ((ap_const_logic_1 == ap_reg_ppiten_pp0_it0) & ap_sig_bdd_65) | (ap_sig_bdd_77 & (ap_const_logic_1 == ap_reg_ppiten_pp0_it1))))) begin
        arpRequestMetaFifo_V_V_read = ap_const_logic_1;
    end else begin
        arpRequestMetaFifo_V_V_read = ap_const_logic_0;
    end
end
/// the next state (ap_NS_fsm) of the state machine. ///
always @ (ap_done_reg or ap_CS_fsm or ap_reg_ppiten_pp0_it0 or ap_reg_ppiten_pp0_it1 or ap_sig_bdd_65 or ap_sig_bdd_77 or ap_sig_pprstidle_pp0)
begin
    case (ap_CS_fsm)
        ap_ST_pp0_stg0_fsm_0 : 
        begin
            ap_NS_fsm = ap_ST_pp0_stg0_fsm_0;
        end
        default : 
        begin
            ap_NS_fsm = 'bx;
        end
    endcase
end

assign ap_reg_phiprechg_tmp_data_V_1_reg_291pp0_it0 = 'bx;
assign ap_reg_phiprechg_tmp_data_V_reg_370pp0_it0 = 'bx;
assign ap_reg_phiprechg_tmp_keep_V_1_reg_342pp0_it0 = 'bx;
assign ap_reg_phiprechg_tmp_keep_V_2_reg_263pp0_it0 = 'bx;
assign ap_reg_phiprechg_tmp_last_V_1_reg_313pp0_it0 = 'bx;
assign ap_reg_phiprechg_tmp_last_V_reg_392pp0_it0 = 'bx;
assign ap_reg_ppiten_pp0_it0 = ap_start;

/// ap_sig_bdd_132 assign process. ///
always @ (aps_fsmState_load_load_fu_449_p1 or sendCount_load_load_fu_453_p1)
begin
    ap_sig_bdd_132 = ((aps_fsmState_load_load_fu_449_p1 == ap_const_lv2_1) & (sendCount_load_load_fu_453_p1 == ap_const_lv16_5));
end

/// ap_sig_bdd_138 assign process. ///
always @ (aps_fsmState_load_load_fu_449_p1 or sendCount_load_load_fu_453_p1)
begin
    ap_sig_bdd_138 = ((aps_fsmState_load_load_fu_449_p1 == ap_const_lv2_1) & (sendCount_load_load_fu_453_p1 == ap_const_lv16_4));
end

/// ap_sig_bdd_144 assign process. ///
always @ (aps_fsmState_load_load_fu_449_p1 or sendCount_load_load_fu_453_p1)
begin
    ap_sig_bdd_144 = ((aps_fsmState_load_load_fu_449_p1 == ap_const_lv2_1) & (sendCount_load_load_fu_453_p1 == ap_const_lv16_3));
end

/// ap_sig_bdd_150 assign process. ///
always @ (aps_fsmState_load_load_fu_449_p1 or sendCount_load_load_fu_453_p1)
begin
    ap_sig_bdd_150 = ((aps_fsmState_load_load_fu_449_p1 == ap_const_lv2_1) & (sendCount_load_load_fu_453_p1 == ap_const_lv16_2));
end

/// ap_sig_bdd_156 assign process. ///
always @ (aps_fsmState_load_load_fu_449_p1 or sendCount_load_load_fu_453_p1)
begin
    ap_sig_bdd_156 = ((aps_fsmState_load_load_fu_449_p1 == ap_const_lv2_1) & (sendCount_load_load_fu_453_p1 == ap_const_lv16_1));
end

/// ap_sig_bdd_161 assign process. ///
always @ (aps_fsmState_load_load_fu_449_p1 or sendCount_load_load_fu_453_p1)
begin
    ap_sig_bdd_161 = ((aps_fsmState_load_load_fu_449_p1 == ap_const_lv2_1) & (ap_const_lv16_0 == sendCount_load_load_fu_453_p1));
end

/// ap_sig_bdd_166 assign process. ///
always @ (aps_fsmState_load_load_fu_449_p1 or sendCount_load_load_fu_453_p1)
begin
    ap_sig_bdd_166 = ((sendCount_load_load_fu_453_p1 == ap_const_lv16_5) & (aps_fsmState_load_load_fu_449_p1 == ap_const_lv2_2));
end

/// ap_sig_bdd_170 assign process. ///
always @ (aps_fsmState_load_load_fu_449_p1 or sendCount_load_load_fu_453_p1)
begin
    ap_sig_bdd_170 = ((sendCount_load_load_fu_453_p1 == ap_const_lv16_4) & (aps_fsmState_load_load_fu_449_p1 == ap_const_lv2_2));
end

/// ap_sig_bdd_174 assign process. ///
always @ (aps_fsmState_load_load_fu_449_p1 or sendCount_load_load_fu_453_p1)
begin
    ap_sig_bdd_174 = ((sendCount_load_load_fu_453_p1 == ap_const_lv16_3) & (aps_fsmState_load_load_fu_449_p1 == ap_const_lv2_2));
end

/// ap_sig_bdd_178 assign process. ///
always @ (aps_fsmState_load_load_fu_449_p1 or sendCount_load_load_fu_453_p1)
begin
    ap_sig_bdd_178 = ((sendCount_load_load_fu_453_p1 == ap_const_lv16_2) & (aps_fsmState_load_load_fu_449_p1 == ap_const_lv2_2));
end

/// ap_sig_bdd_182 assign process. ///
always @ (aps_fsmState_load_load_fu_449_p1 or sendCount_load_load_fu_453_p1)
begin
    ap_sig_bdd_182 = ((sendCount_load_load_fu_453_p1 == ap_const_lv16_1) & (aps_fsmState_load_load_fu_449_p1 == ap_const_lv2_2));
end

/// ap_sig_bdd_186 assign process. ///
always @ (aps_fsmState_load_load_fu_449_p1 or sendCount_load_load_fu_453_p1)
begin
    ap_sig_bdd_186 = ((ap_const_lv16_0 == sendCount_load_load_fu_453_p1) & (aps_fsmState_load_load_fu_449_p1 == ap_const_lv2_2));
end

/// ap_sig_bdd_196 assign process. ///
always @ (ap_done_reg or ap_sig_cseq_ST_pp0_stg0_fsm_0 or ap_reg_ppiten_pp0_it0 or ap_reg_ppiten_pp0_it1 or ap_sig_bdd_65 or ap_sig_bdd_77)
begin
    ap_sig_bdd_196 = ((ap_const_logic_1 == ap_sig_cseq_ST_pp0_stg0_fsm_0) & (ap_const_logic_1 == ap_reg_ppiten_pp0_it1) & ~((ap_done_reg == ap_const_logic_1) | ((ap_const_logic_1 == ap_reg_ppiten_pp0_it0) & ap_sig_bdd_65) | (ap_sig_bdd_77 & (ap_const_logic_1 == ap_reg_ppiten_pp0_it1))));
end

/// ap_sig_bdd_20 assign process. ///
always @ (ap_CS_fsm)
begin
    ap_sig_bdd_20 = (ap_CS_fsm[ap_const_lv32_0] == ap_const_lv1_1);
end

/// ap_sig_bdd_208 assign process. ///
always @ (aps_fsmState_load_load_fu_449_p1 or sendCount_load_load_fu_453_p1)
begin
    ap_sig_bdd_208 = ((aps_fsmState_load_load_fu_449_p1 == ap_const_lv2_1) & ~(sendCount_load_load_fu_453_p1 == ap_const_lv16_5) & ~(sendCount_load_load_fu_453_p1 == ap_const_lv16_4) & ~(sendCount_load_load_fu_453_p1 == ap_const_lv16_3) & ~(sendCount_load_load_fu_453_p1 == ap_const_lv16_2) & ~(sendCount_load_load_fu_453_p1 == ap_const_lv16_1) & ~(ap_const_lv16_0 == sendCount_load_load_fu_453_p1));
end

/// ap_sig_bdd_232 assign process. ///
always @ (aps_fsmState_load_load_fu_449_p1 or sendCount_load_load_fu_453_p1)
begin
    ap_sig_bdd_232 = ((aps_fsmState_load_load_fu_449_p1 == ap_const_lv2_2) & ~(sendCount_load_load_fu_453_p1 == ap_const_lv16_5) & ~(sendCount_load_load_fu_453_p1 == ap_const_lv16_4) & ~(sendCount_load_load_fu_453_p1 == ap_const_lv16_3) & ~(sendCount_load_load_fu_453_p1 == ap_const_lv16_2) & ~(sendCount_load_load_fu_453_p1 == ap_const_lv16_1) & ~(ap_const_lv16_0 == sendCount_load_load_fu_453_p1));
end

/// ap_sig_bdd_65 assign process. ///
always @ (ap_start or ap_done_reg or arpRequestMetaFifo_V_V_empty_n or tmp_nbreadreq_fu_222_p3 or tmp_1_nbreadreq_fu_230_p3 or arpReplyMetaFifo_V_empty_n or aps_fsmState)
begin
    ap_sig_bdd_65 = (((arpRequestMetaFifo_V_V_empty_n == ap_const_logic_0) & (aps_fsmState == ap_const_lv2_0) & (tmp_nbreadreq_fu_222_p3 == ap_const_lv1_0) & ~(ap_const_lv1_0 == tmp_1_nbreadreq_fu_230_p3)) | ((aps_fsmState == ap_const_lv2_0) & (arpReplyMetaFifo_V_empty_n == ap_const_logic_0) & ~(tmp_nbreadreq_fu_222_p3 == ap_const_lv1_0)) | (ap_start == ap_const_logic_0) | (ap_done_reg == ap_const_logic_1));
end

/// ap_sig_bdd_77 assign process. ///
always @ (arpDataOut_V_data_V1_status or aps_fsmState_load_reg_802)
begin
    ap_sig_bdd_77 = (((arpDataOut_V_data_V1_status == ap_const_logic_0) & (aps_fsmState_load_reg_802 == ap_const_lv2_1)) | ((arpDataOut_V_data_V1_status == ap_const_logic_0) & (aps_fsmState_load_reg_802 == ap_const_lv2_2)));
end

/// ap_sig_bdd_84 assign process. ///
always @ (ap_done_reg or ap_sig_cseq_ST_pp0_stg0_fsm_0 or ap_reg_ppiten_pp0_it0 or ap_reg_ppiten_pp0_it1 or ap_sig_bdd_65 or ap_sig_bdd_77)
begin
    ap_sig_bdd_84 = ((ap_const_logic_1 == ap_sig_cseq_ST_pp0_stg0_fsm_0) & (ap_const_logic_1 == ap_reg_ppiten_pp0_it0) & ~((ap_done_reg == ap_const_logic_1) | ((ap_const_logic_1 == ap_reg_ppiten_pp0_it0) & ap_sig_bdd_65) | (ap_sig_bdd_77 & (ap_const_logic_1 == ap_reg_ppiten_pp0_it1))));
end
assign aps_fsmState_load_load_fu_449_p1 = aps_fsmState;
assign arpDataOut_V_data_V1_status = (arpDataOut_V_data_V_full_n & arpDataOut_V_keep_V_full_n & arpDataOut_V_last_V_full_n);
assign arpDataOut_V_data_V_write = arpDataOut_V_data_V1_update;
assign arpDataOut_V_keep_V_write = arpDataOut_V_data_V1_update;
assign arpDataOut_V_last_V_write = arpDataOut_V_data_V1_update;
assign grp_fu_428_p4 = {{myMacAddress_V[ap_const_lv32_2F : ap_const_lv32_10]}};
assign grp_fu_438_p2 = (sendCount + ap_const_lv16_1);
assign p_Result_14_fu_626_p3 = {{ap_const_lv32_1000608}, {grp_fu_428_p4}};
assign p_Result_15_fu_618_p3 = {{tmp_8_fu_614_p1}, {ap_const_lv48_10004060008}};
assign p_Result_16_fu_606_p3 = {{regIpAddress_V}, {grp_fu_428_p4}};
assign p_Result_18_fu_598_p3 = {{tmp_9_fu_594_p1}, {ap_const_lv48_0}};
assign p_Result_19_fu_590_p1 = p_Result_20_fu_580_p4;
assign p_Result_20_fu_580_p4 = {{inputIP_V[ap_const_lv32_1F : ap_const_lv32_10]}};
assign p_Result_21_fu_496_p3 = {{regIpAddress_V}, {grp_fu_428_p4}};
assign p_Result_24_fu_476_p1 = p_Result_25_fu_466_p4;
assign p_Result_25_fu_466_p4 = {{replyMeta_protoAddrSrc_V[ap_const_lv32_1F : ap_const_lv32_10]}};
assign p_Result_s_fu_638_p3 = {{tmp_7_fu_634_p1}, {ap_const_lv48_FFFFFFFFFFFF}};
assign ret_V_1_fu_508_p3 = {{tmp_11_fu_504_p1}, {ap_const_lv16_0}};
assign ret_V_2_fu_516_p2 = (ret_V_1_fu_508_p3 | ap_const_lv32_200);
assign sendCount_load_load_fu_453_p1 = sendCount;
assign sendWord_data_V_10_fu_488_p3 = {{tmp_12_fu_484_p1}, {replyMeta_hwAddrSrc_V}};
assign sendWord_data_V_6_fu_572_p3 = {{tmp_10_fu_568_p1}, {replyMeta_srcMac_V}};
assign sendWord_data_V_7_fu_554_p4 = {{{replyMeta_hwType_V}, {replyMeta_ethType_V}}, {grp_fu_428_p4}};
assign sendWord_data_V_8_fu_534_p5 = {{{{ret_V_2_fu_516_p2}, {replyMeta_protoLen_V}}, {replyMeta_hwLen_V}}, {replyMeta_protoType_V}};
assign tmp_10_fu_568_p1 = myMacAddress_V[15:0];
assign tmp_11_fu_504_p1 = myMacAddress_V[15:0];
assign tmp_12_fu_484_p1 = replyMeta_protoAddrSrc_V[15:0];
assign tmp_1_nbreadreq_fu_230_p3 = arpRequestMetaFifo_V_V_empty_n;
assign tmp_6_fu_664_p1 = arpReplyMetaFifo_V_dout[47:0];
assign tmp_7_fu_634_p1 = myMacAddress_V[15:0];
assign tmp_8_fu_614_p1 = myMacAddress_V[15:0];
assign tmp_9_fu_594_p1 = inputIP_V[15:0];
assign tmp_keep_V_3_fu_792_p1 = $signed(ap_reg_phiprechg_tmp_keep_V_2_reg_263pp0_it1);
assign tmp_keep_V_fu_797_p1 = $signed(ap_reg_phiprechg_tmp_keep_V_1_reg_342pp0_it1);
assign tmp_nbreadreq_fu_222_p3 = arpReplyMetaFifo_V_empty_n;


endmodule //arp_server_arp_pkg_sender